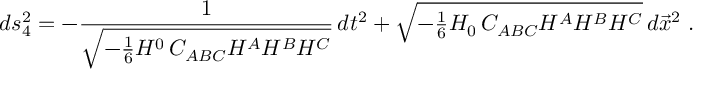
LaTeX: d s _ { 4 } ^ { 2 } = - \frac { 1 } { \sqrt { - { \frac { 1 } { 6 } } H ^ { 0 } \, C _ { A B C } H ^ { A } H ^ { B } H ^ { C } } } \, d t ^ { 2 } + \sqrt { - { \textstyle { \frac { 1 } { 6 } } } H _ { 0 } \, C _ { A B C } H ^ { A } H ^ { B } H ^ { C } } \, d \vec { x } ^ { 2 } \; .